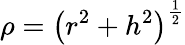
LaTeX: \rho=\left(r^{2}+h^{2}\right)^{\frac{1}{2}}